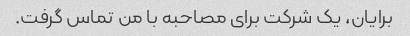
برایان، یک شرکت برای مصاحبه با من تماس گرفت.